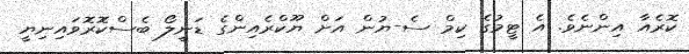
ކޮރެއާ އިންނެވެ. އެ ޓީމުގެ ކިމް ސެ-ޔުން އަށް ޔޫކްރެއިންގެ ޑަނީލޯ ބެސްކޮރޮވައިނިޔީ